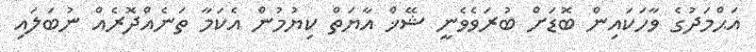
އަޙްމަދުގެ ވާހަކައިން ބޮޑަށް ބުރަވެވެނީ ޝޭޚް އާޔަތް ކިޔުމުން އެކަމާ ތަނެއްދޮރެއް ނުބަލައި